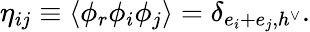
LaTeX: \eta_{ij}\equiv\langle\phi_{r}\phi_{i}\phi_{j}\rangle=\delta_{e_{i}+e_{j},h^{\vee}}.